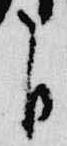
自